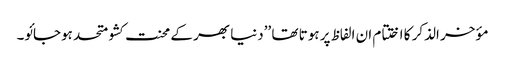
مؤخر الذکر کا اختتام ان الفاظ پر ہوتا تھا ’’دنیا بھر کے محنت کشو متحد ہوجائو۔